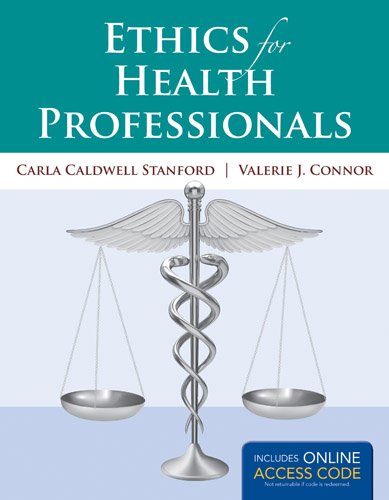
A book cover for Ethics For Health Professionals; Carla Caldwell Stanford; Medical Books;